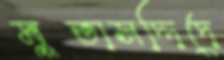
মুতাসদ্দিদে